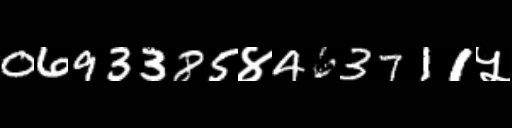
Text: 0693385४463711५